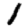
Digit: 1